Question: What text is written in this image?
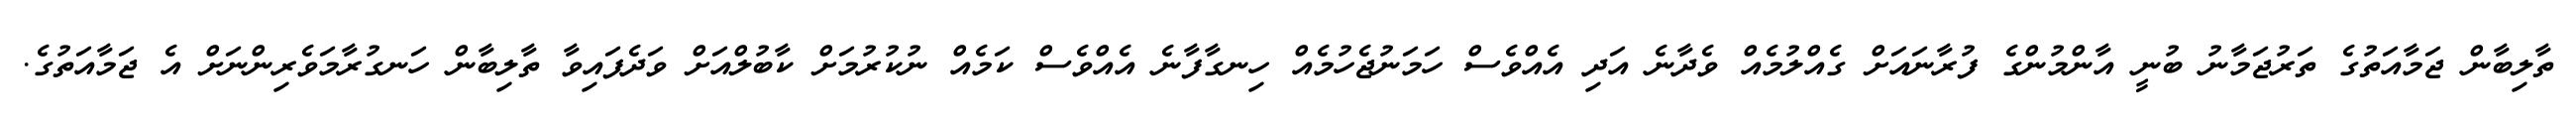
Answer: ތާލިބާން ޖަމާއަތުގެ ތަރުޖަމާނު ބުނީ އާންމުންގެ ފުރާނައަށް ގެއްލުމެއް ވެދާނެ އަދި އެއްވެސް ހަމަނުޖެހުމެއް ހިނގާފާނެ އެއްވެސް ކަމެއް ނުކުރުމަށް ކާބުލްއަށް ވަދެފައިވާ ތާލިބާން ހަނގުރާމަވެރިންނަށް އެ ޖަމާއަތުގެ.